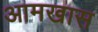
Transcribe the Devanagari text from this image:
आमखास